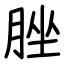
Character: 脞